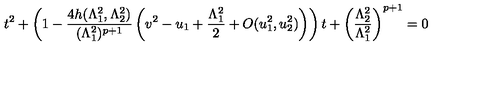
t ^ { 2 } + \left( 1 - \frac { 4 h ( \Lambda _ { 1 } ^ { 2 } , \Lambda _ { 2 } ^ { 2 } ) } { ( \Lambda _ { 1 } ^ { 2 } ) ^ { p + 1 } } \left( v ^ { 2 } - u _ { 1 } + \frac { \Lambda _ { 1 } ^ { 2 } } { 2 } + O ( u _ { 1 } ^ { 2 } , u _ { 2 } ^ { 2 } ) \right) \right) t + \left( \frac { \Lambda _ { 2 } ^ { 2 } } { \Lambda _ { 1 } ^ { 2 } } \right) ^ { p + 1 } = 0